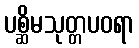
ပစ္ဆိမသုတ္တပဝရာ